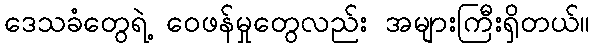
ဒေသခံတွေရဲ့ ဝေဖန်မှုတွေလည်း အများကြီးရှိတယ်။